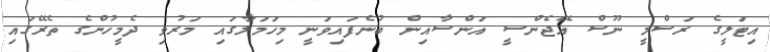
އިޓަލީގެ ރަސްމީ ނޫސް އޭޖެންސީ އަންސާއިން ބުނެފައިވަނީ މިހަމަލާގައި މަރުވި ދެމީހުންގެ ތެރޭގައި